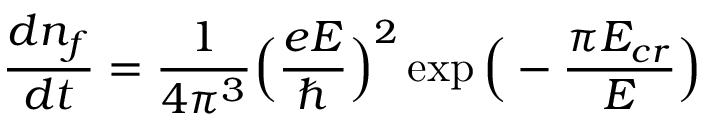
\frac { d n _ { f } } { d t } = \frac { 1 } { 4 \pi ^ { 3 } } \Big ( \frac { e E } { \hbar } \Big ) ^ { 2 } \exp { \Big ( - \frac { \pi E _ { c r } } { E } \Big ) }